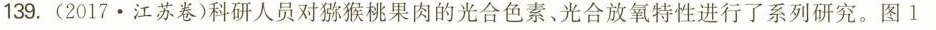
139.(2017·江苏卷)科研人员对猕猴桃果肉的光合色素、光合放氧特性进行了系列研究。图1